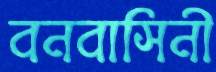
বনবাসিনী